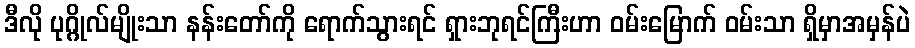
ဒီလို ပုဂ္ဂိုလ်မျိုးသာ နန်းတော်ကို ရောက်သွားရင် ရှားဘုရင်ကြီးဟာ ဝမ်းမြောက် ဝမ်းသာ ရှိမှာအမှန်ပဲ